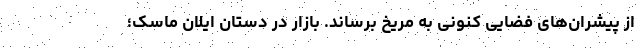
از پیشران‌های فضایی کنونی به مریخ برساند. بازار در دستان ایلان ماسک؛